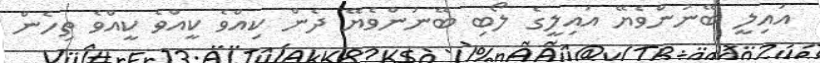
އައިލީ ބޭނުންވެޔޭ އައިލީގެ ލޯބި ބޭނުންވެޔޭ ދެން ކިއްވެ ކީއްވެ ކީއްވެ ތިހެން